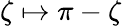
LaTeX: \zeta\mapsto\pi-\zeta